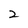
Character: 2